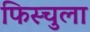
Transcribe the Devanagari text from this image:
फिस्‍चुला